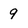
Character: 9